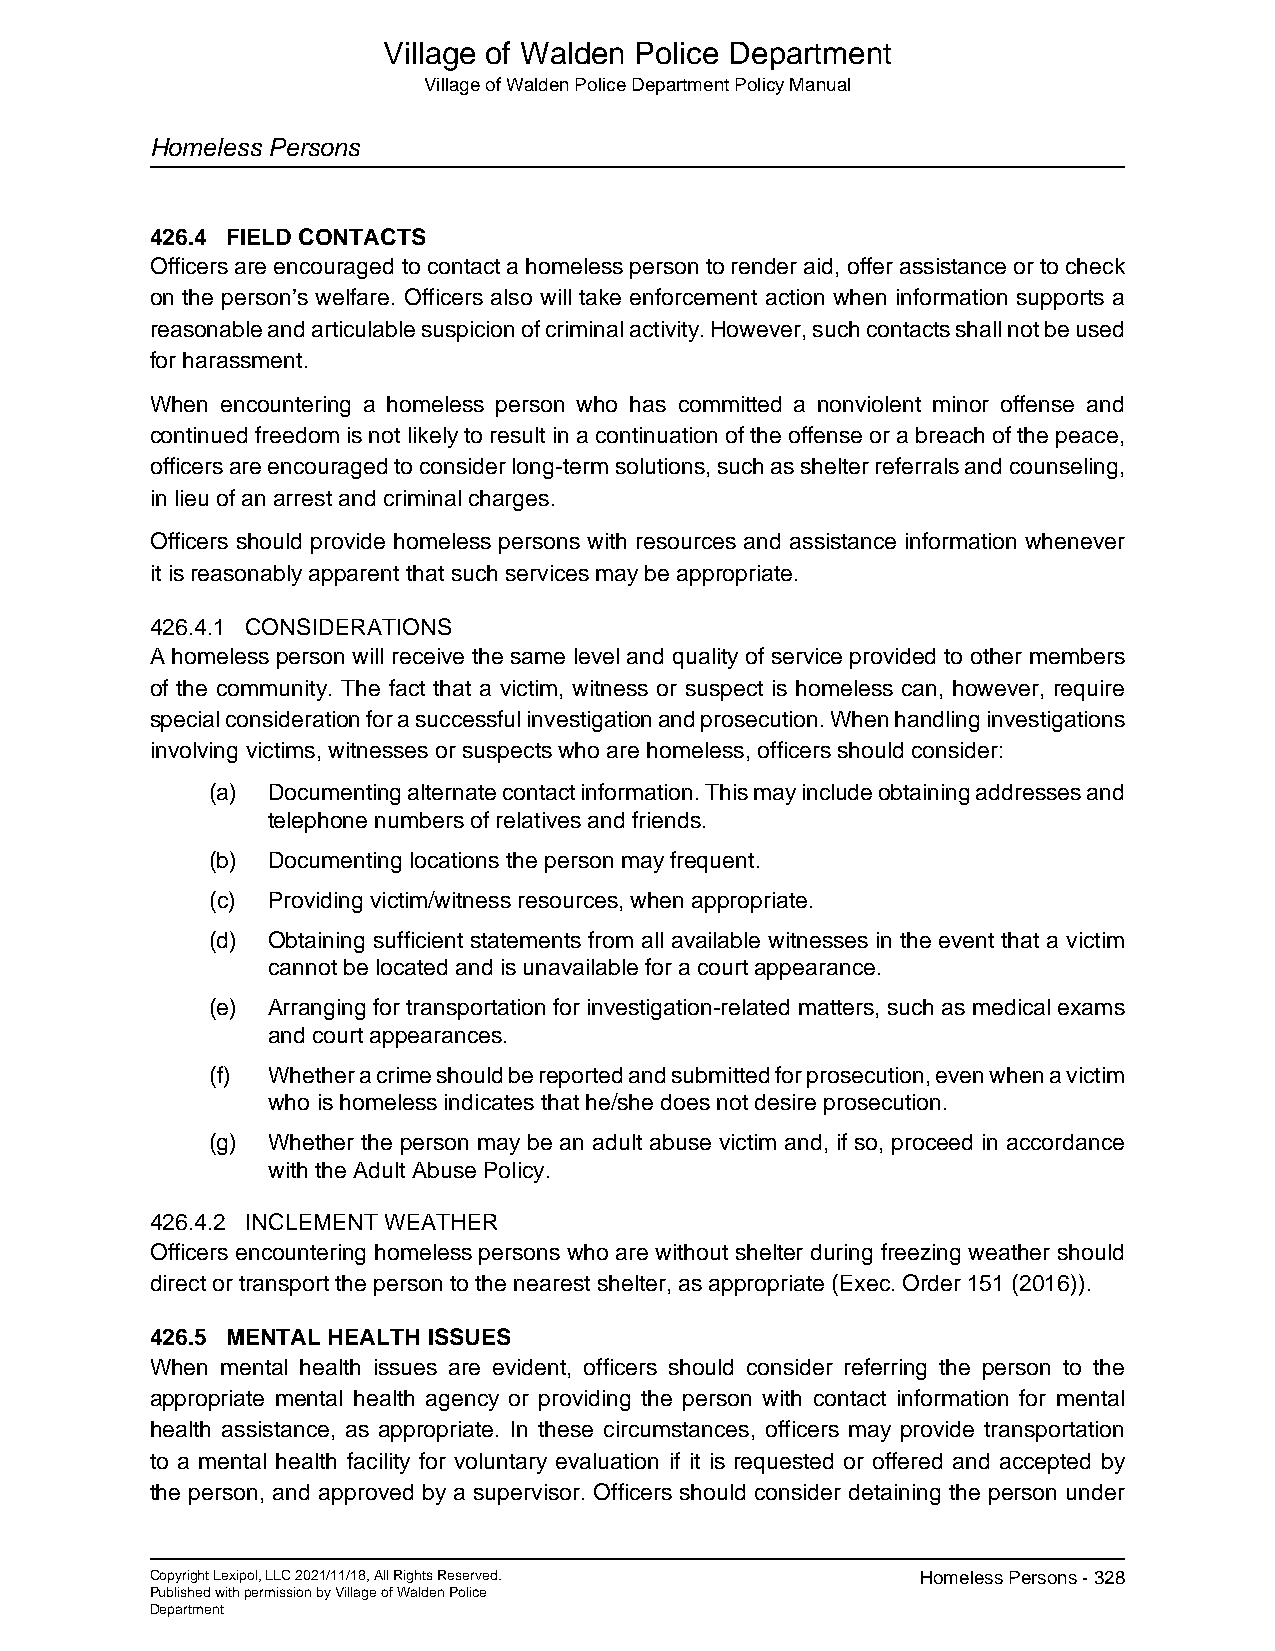
Village of Walden Police Department
 Village of Walden Police Department Policy Manual
 Homeless Persons
 426.4 FIELD CONTACTS
 Officers are encouraged to contact a homeless person to render aid, offer assistance or to check
 on the person’s welfare. Officers also will take enforcement action when information supports a
 reasonable and articulable suspicion of criminal activity. However, such contacts shall not be used
 for harassment.
 When encountering a homeless person who has committed a nonviolent minor offense and
 continued freedom is not likely to result in a continuation of the offense or a breach of the peace,
 officers are encouraged to consider long-term solutions, such as shelter referrals and counseling,
 in lieu of an arrest and criminal charges.
 Officers should provide homeless persons with resources and assistance information whenever
 it is reasonably apparent that such services may be appropriate.
 426.4.1 CONSIDERATIONS
 A homeless person will receive the same level and quality of service provided to other members
 of the community. The fact that a victim, witness or suspect is homeless can, however, require
 special consideration for a successful investigation and prosecution. When handling investigations
 involving victims, witnesses or suspects who are homeless, officers should consider:
 (a) Documenting alternate contact information. This may include obtaining addresses and
 telephone numbers of relatives and friends.
 (b) Documenting locations the person may frequent.
 (c) Providing victim/witness resources, when appropriate.
 (d) Obtaining sufficient statements from all available witnesses in the event that a victim
 cannot be located and is unavailable for a court appearance.
 (e) Arranging for transportation for investigation-related matters, such as medical exams
 and court appearances.
 (f) Whether a crime should be reported and submitted for prosecution, even when a victim
 who is homeless indicates that he/she does not desire prosecution.
 (g) Whether the person may be an adult abuse victim and, if so, proceed in accordance
 with the Adult Abuse Policy.
 426.4.2 INCLEMENT WEATHER
 Officers encountering homeless persons who are without shelter during freezing weather should
 direct or transport the person to the nearest shelter, as appropriate (Exec. Order 151 (2016)).
 426.5 MENTAL HEALTH ISSUES
 When mental health issues are evident, officers should consider referring the person to the
 appropriate mental health agency or providing the person with contact information for mental
 health assistance, as appropriate. In these circumstances, officers may provide transportation
 to a mental health facility for voluntary evaluation if it is requested or offered and accepted by
 the person, and approved by a supervisor. Officers should consider detaining the person under
 Copyright Lexipol, LLC 2021/11/18, All Rights Reserved. Homeless Persons - 328
 Published with permission by Village of Walden Police
 Department